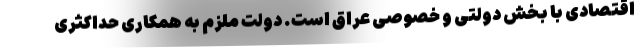
اقتصادی با بخش دولتی و خصوصی عراق است. دولت ملزم به همکاری حداکثری